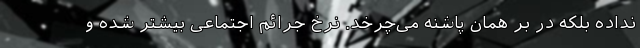
نداده بلکه در بر همان پاشنه می‌چرخد. نرخ جرائم اجتماعی بیشتر شده و